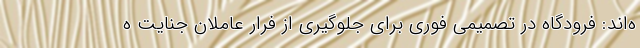
ه‌اند: فرودگاه در تصمیمی فوری برای جلوگیری از فرار عاملان جنایت ه